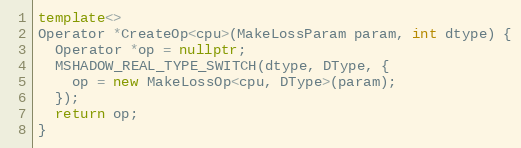
Language: C++
template<>
Operator *CreateOp<cpu>(MakeLossParam param, int dtype) {
  Operator *op = nullptr;
  MSHADOW_REAL_TYPE_SWITCH(dtype, DType, {
    op = new MakeLossOp<cpu, DType>(param);
  });
  return op;
}